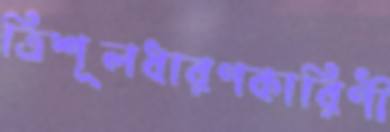
ত্রিশূলধারণকারিণী